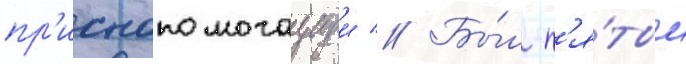
пр'иснопомогаущеи // Бы́л п'я́тым